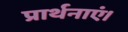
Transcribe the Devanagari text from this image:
प्रार्थनाएं।